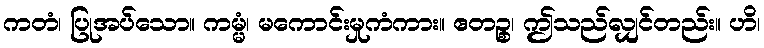
ကတံ၊ ပြုအပ်သော။ ကမ္မံ၊ မကောင်းမှုကံကား။ ဧတဉ္စ၊ ဤသည်လျှင်တည်း။ ဟိ၊